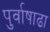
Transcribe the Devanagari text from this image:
पुर्वाषाढा